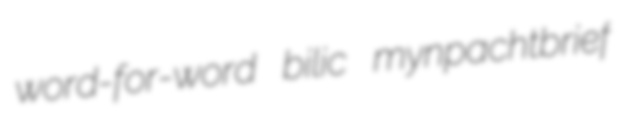
word-for-word bilic mynpachtbrief